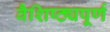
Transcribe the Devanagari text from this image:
वैशिष्ठ्यपूर्ण